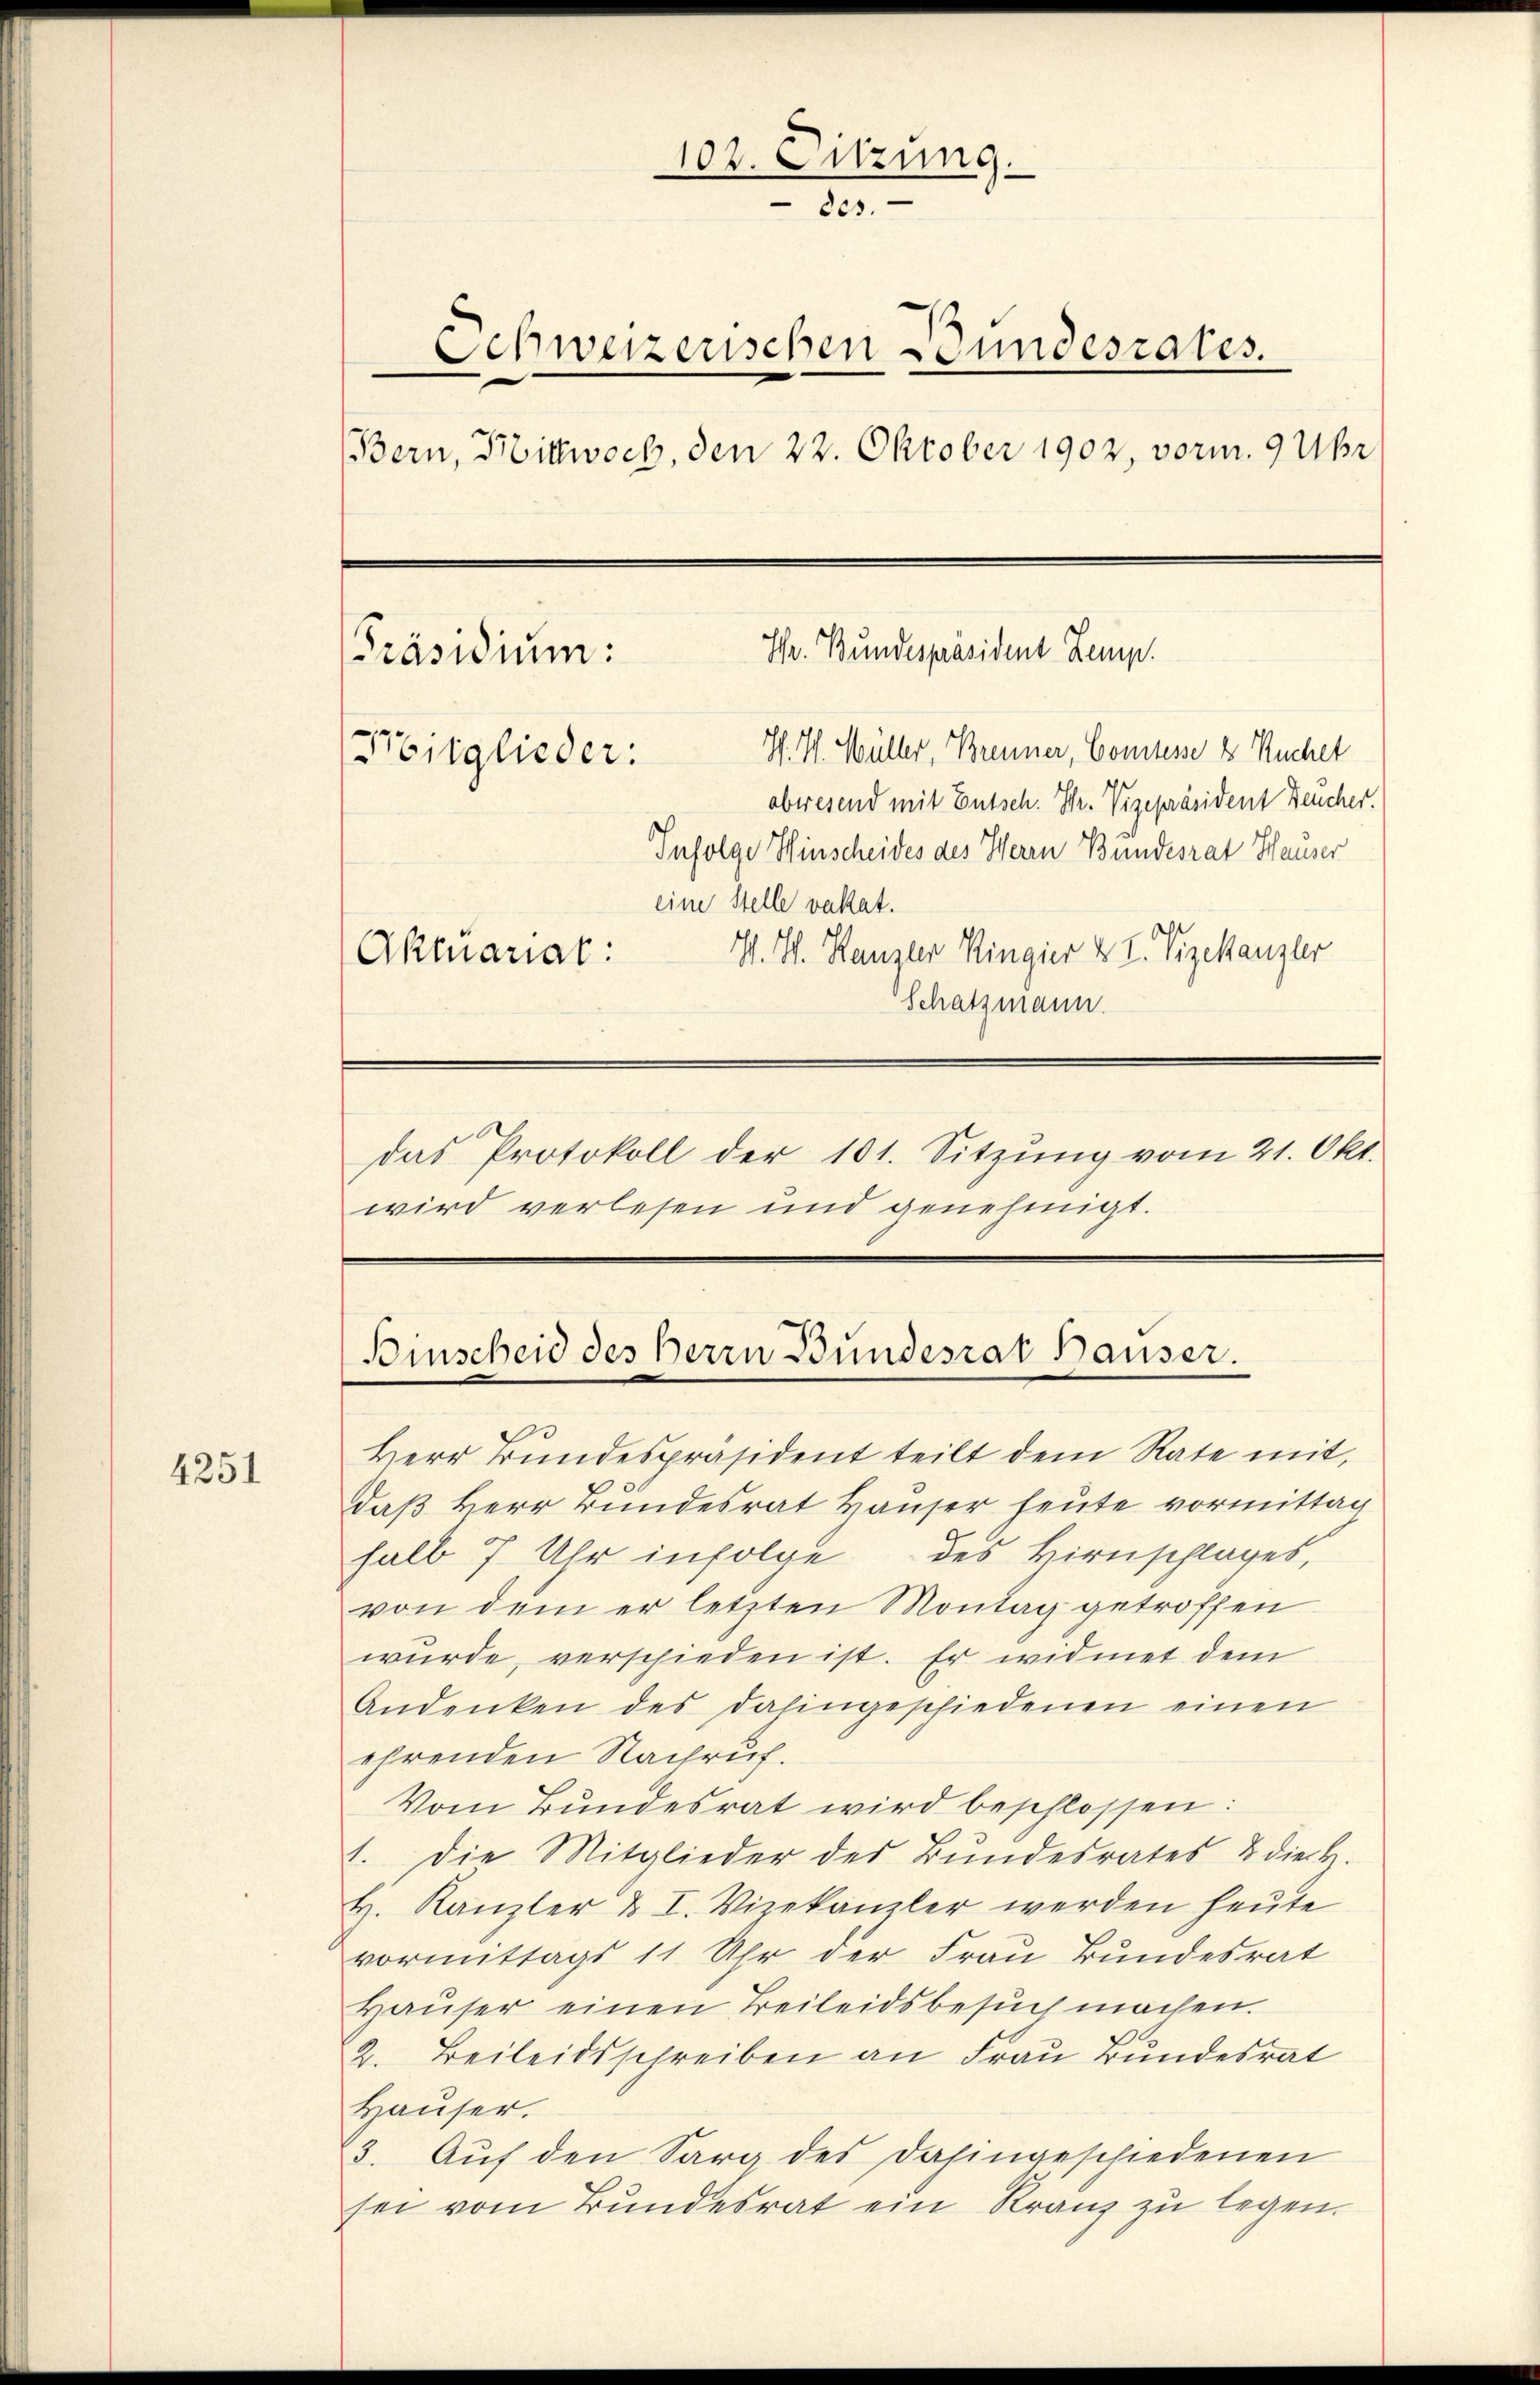
4251

102. Sitzung.
2es.
Schweizerischen Bundesrates.
Bern, Hittwoch, den 22. Oktober 1902, vorm. 9 Uhr
Hr. Bundespräsident Zemp.
[Präsidium:
H. H. Müller, Brenner, Comtesse & Kuchet
Preisglieder:
abwesend mit Entsch. Hr. Vizepräsident Feucher.
Infolge Hinscheides des Herrn Bundesrat Hauser
eine Stelle vakat.
V. I. Kanzler Ringier & I. Vizekanzler
Aktuariat:
Schatzmann.

Binscheid des Berrn Bundesrat Bauser.

das Protokoll der 101. Sitzŭng vom 21. Okt.
wird verlesen und genehmigt.

Herr Bundespräsident teilt dem Rate mit,
daß Herr Bundesrat Hauser heute vormittag
halb 7 Uhr infolge des Hirnschlages,
von dem er letzten Montag getroffen
wurde, verschieden ist. Er widmet dem
Andenken des dahingeschiedenen einen
ehrenden Nachruf.
Vom Bundesrat wird beschlossen:
1. Die Mitglieder des Bŭndesrates & die H.
H. Kanzler u. I. Vizekanzler werden heute
vormittags 11 Uhr der Frau Bundesrat
Haŭser einen Teileidsbesuch machen.
2. Beileidsschreiben an Frau Bundesrat
Hauser.
3. Auf den Sarg des dahingeschiedenen
sei vom Bundesrat ein Kranz zu legen.